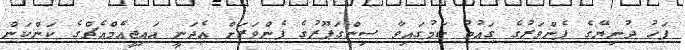
ފަހު ދުނިޔޭގެ ފެންވަރުގެ ގައުމު ކަމުގައިވާ ސިންގަޕޫރުގެ ފެންވަރަށް އެދަނީ އައިޖީއެމްއެޗްގެ ކަންކަން